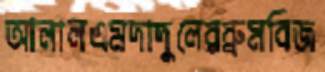
আলালএমদাদুলেরব্রুমবিজ